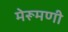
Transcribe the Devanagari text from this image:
मेरूमणी